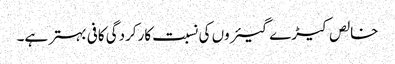
خالص کیڑے گیئروں کی نسبت کارکردگی کافی بہتر ہے۔